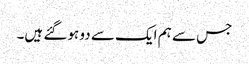
جس سے ہم ایک سے دو ہوگئے ہیں۔